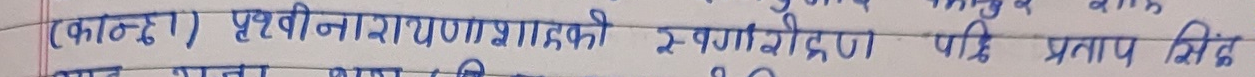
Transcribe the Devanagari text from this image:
(कान्टू) पृथ्वीनारायण शाहको स्वर्णदीक्षण पाडि प्रताप सिंह